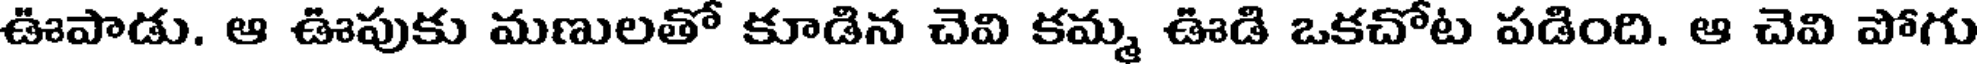
ఊపాడు. ఆ ఊపుకు మణులతో కూడిన చెవి కమ్మ ఊడి ఒకచోట పడింది. ఆ చెవి పోగు